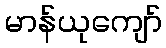
မာန်ယုကျော်